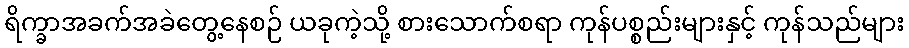
ရိက္ခာအခက်အခဲတွေ့နေစဉ် ယခုကဲ့သို့ စားသောက်စရာ ကုန်ပစ္စည်းများနှင့် ကုန်သည်များ